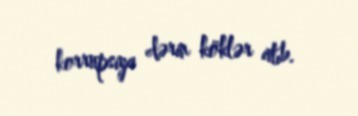
korrupsiya dərin köklər atıb.